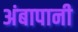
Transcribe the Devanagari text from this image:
अंबापानी